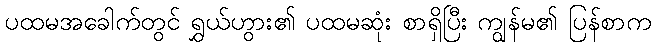
ပထမအခေါက်တွင် ရွှယ်ဟွား၏ ပထမဆုံး စာရှိပြီး ကျွန်မ၏ ပြန်စာက